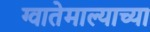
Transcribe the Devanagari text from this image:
ग्वातेमाल्याच्या